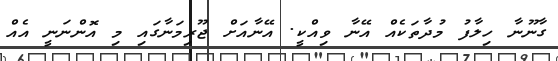
ގާނޫނާ ހިލާފު މުދާތަކެއް އޭނާ ވިއްކީ. އޭނާއަށް ޖޫރިމަނާގައި މި އޮންނަނީ އެއް